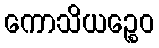
ကောသိယဉ္စေဝ